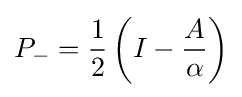
P_{-}={\frac {1}{2}}\left(I-{\frac {A}{\alpha }}\right)